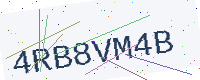
Text: 4RB8VM4B